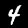
Label: 4